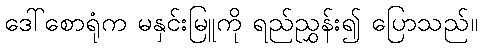
ဒေါ်စောရုံက မနှင်းမြူကို ရည်ညွှန်း၍ ပြောသည်။